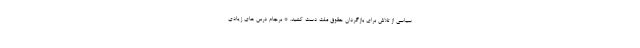
سیاسی از تلاش برای بازگردان حقوق ملت دست کشید. * برجام درس های زیادی